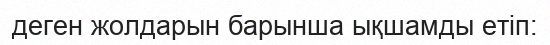
деген жолдарын барынша ықшамды етіп: